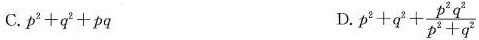
C. $$p ^ { 2 } + q ^ { 2 } + p q$$ $$D. p ^ { 2 } + q ^ { 2 } + \frac { p ^ { 2 } q ^ { 2 } } { p ^ { 2 } + q ^ { 2 } }$$